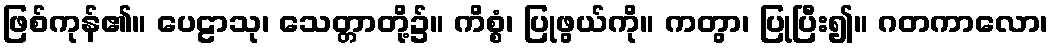
ဖြစ်ကုန်၏။ ပေဠာသု၊ သေတ္တာတို့၌။ ကိစ္စံ၊ ပြုဖွယ်ကို။ ကတွာ၊ ပြုပြီး၍။ ဂတကာလော၊